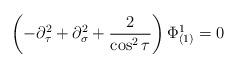
LaTeX: \begin{align*}\left( -\partial^2_\tau+\partial^2_\sigma+\frac{2}{\cos^2\tau}\right)\Phi^{1}_{(1)}=0\end{align*}